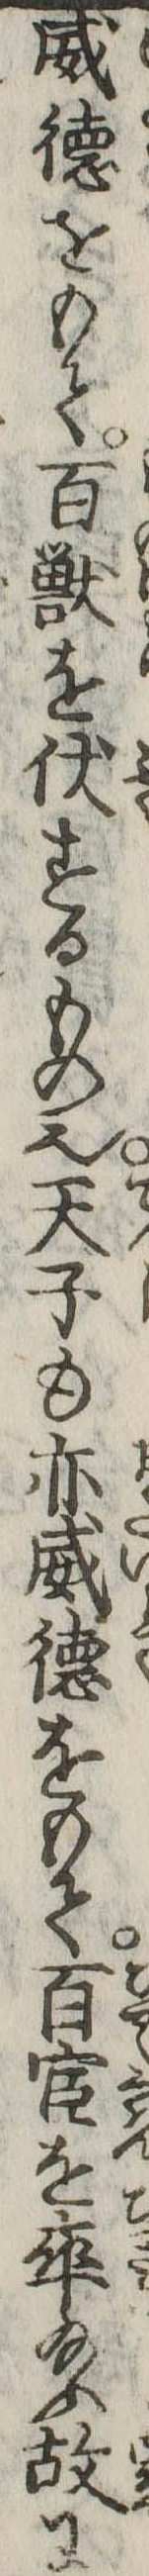
威徳をもて百獣を伏するもの也天子も亦威徳をもて百宦を率給ふ故に